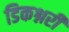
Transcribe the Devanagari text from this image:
डिकश्नरी